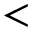
<